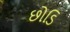
છોડિ